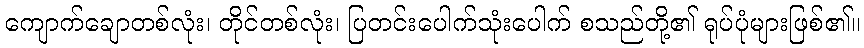
ကျောက်ချောတစ်လုံး၊ တိုင်တစ်လုံး၊ ပြတင်းပေါက်သုံးပေါက် စသည်တို့၏ ရုပ်ပုံများဖြစ်၏။